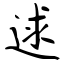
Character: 逑